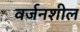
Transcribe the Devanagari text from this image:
वर्जनशील